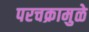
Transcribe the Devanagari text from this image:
परचक्रामुळे